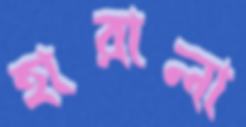
হারালা